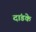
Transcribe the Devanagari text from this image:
दांडके